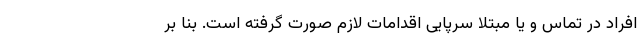
افراد در تماس و یا مبتلا سرپایی اقدامات لازم صورت گرفته است. بنا بر